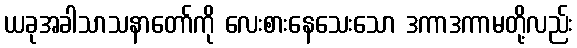
ယခုအခါသာသနာတော်ကို လေးစားနေသေးသော ဒကာဒကာမတို့လည်း